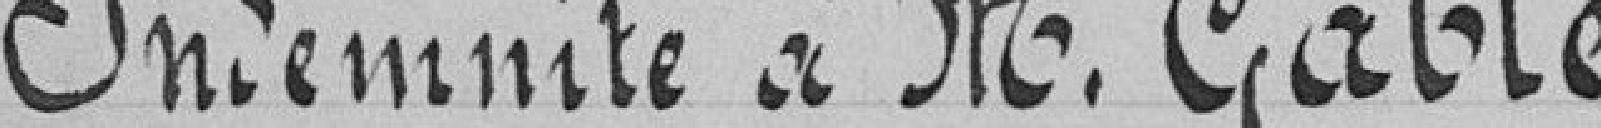
Indemnité à M. Gable